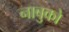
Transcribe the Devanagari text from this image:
नाबुको